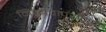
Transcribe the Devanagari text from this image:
नित्यवापरामुळे